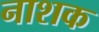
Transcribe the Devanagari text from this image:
नाश्‍ाक